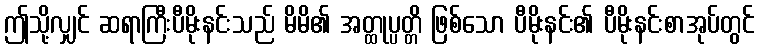
ဤသို့လျှင် ဆရာကြီးပီမိုးနင်းသည် မိမိ၏ အတ္ထုပ္ပတ္တိ ဖြစ်သော ပီမိုးနင်း၏ ပီမိုးနင်းစာအုပ်တွင်